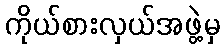
ကိုယ်စားလှယ်အဖွဲ့မှ